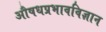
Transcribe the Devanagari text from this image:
औषधप्रभावविज्ञान